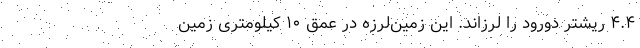
۴.۴ ریشتر دورود را لرزاند. این زمین‌لرزه‌ در عمق ۱۰ کیلومتری زمین